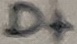
Text: D+